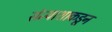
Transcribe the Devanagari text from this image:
संन्याशाकडून